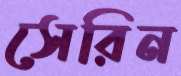
সেরিন